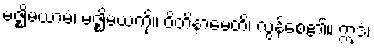
မဇ္ဈိမယာမံ၊ မဇ္ဈိမယံကို။ ဝိတိနာမေတိ၊ လွန်စေ၏။ ဣဒံ၊